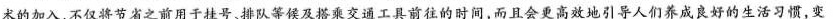
术的加入，不仅将节省之前用于挂号x排队等候及搭乘交通工具前往的时间，而且会更高效地引导人们养成良好的生活习惯，变